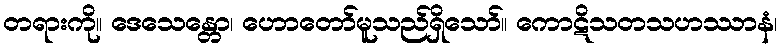
တရားကို။ ဒေသေန္တော၊ ဟောတော်မူသည်ရှိသော်။ ကောဋိသတသဟဿာနံ၊